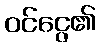
ဝင်ငွေ၏